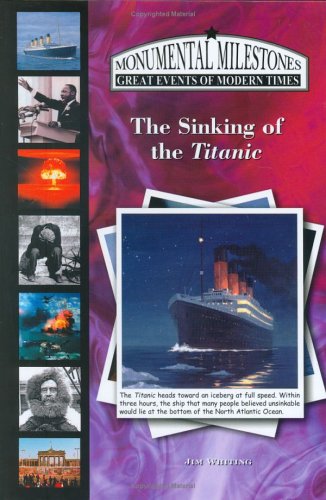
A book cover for The Sinking of the Titanic (Monumental Milestones: Great Events of Modern Times); Jim Whiting; Children's Books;